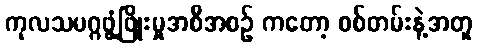
ကုလသမဂ္ဂဖွံ့ဖြိုးမှုအစီအစဉ် ကတော့ စစ်တမ်းနဲ့အတူ